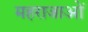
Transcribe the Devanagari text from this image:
महराजाओं